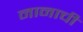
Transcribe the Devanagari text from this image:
नानाची